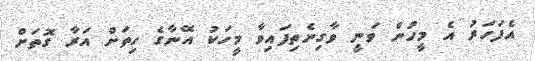
އެފަހަރު އެ މީހުން ވަނީ ވާގިނެތިފައިވާ މީހަކު އޭނާގެ ހިތަށް އަރާ ގޮތަށް